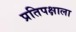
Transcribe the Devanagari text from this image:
प्रतिपक्षाला